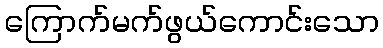
ကြောက်မက်ဖွယ်ကောင်းသော